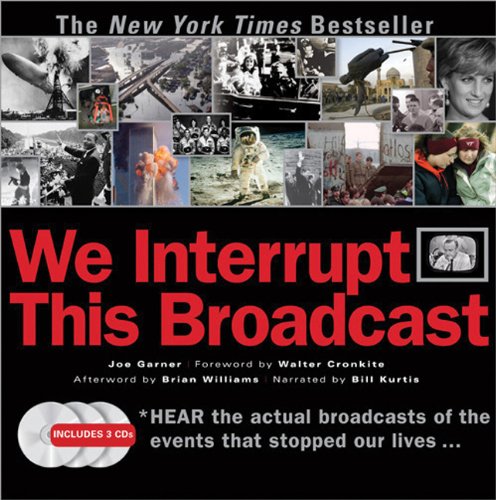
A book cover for We Interrupt This Broadcast: The Events That Stopped Our Lives...from the Hindenburg Explosion to the Virginia Tech Shooting; Joe Garner; Humor & Entertainment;